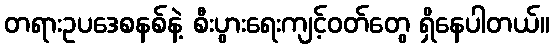
တရားဥပဒေစနစ်နဲ့ စီးပွားရေးကျင့်ဝတ်တွေ ရှိနေပါတယ်။